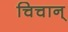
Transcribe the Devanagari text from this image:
चिचान्